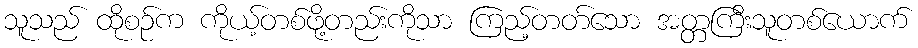
သူသည် ထိုစဉ်က ကိုယ့်တစ်ဖို့တည်းကိုသာ ကြည့်တတ်သော အတ္တကြီးသူတစ်ယောက်